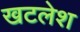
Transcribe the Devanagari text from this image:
खटलेश